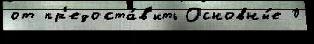
от пр'едоста́в'ить Основны́е 0